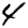
Digit: 4